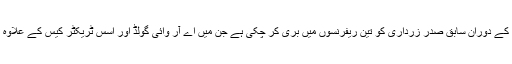
احتساب عدالت گذشتہ ایک سال کے دوران سابق صدر زرداری کو تین ریفرنسوں میں بری کر چکی ہے جن میں اے آر وائی گولڈ اور اُسس ٹریکٹر کیس کے علاوہ پولو گراؤنڈ ریفرنس شامل ہے۔